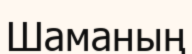
Шаманың